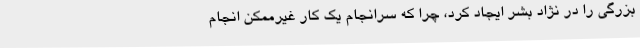
بزرگی را در نژاد بشر ایجاد کرد، چرا که سرانجام یک کار غیرممکن انجام